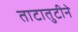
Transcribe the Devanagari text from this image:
ताटातुटीने